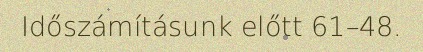
Időszámításunk előtt 61–48.